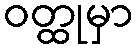
ဝတ္ထုမှာ